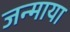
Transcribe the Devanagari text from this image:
जन्माया